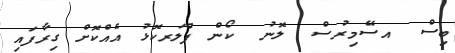
ބިސް  އސޭމިރުސް  ލޮނު  ކޯން ފްލަރކޮޅު އެއްކޮށް ގިރާފައި